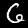
Label: 6